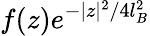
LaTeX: f(z)e^{-|z|^{2}/4l_{B}^{2}}